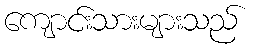
ကျောင်းသားများသည်